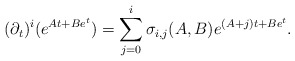
\begin{align*} (\partial_{t})^i(e^{At+Be^t}) =\sum_{j=0}^i \sigma_{i,j}(A,B)e^{(A+j)t+Be^t}.\end{align*}